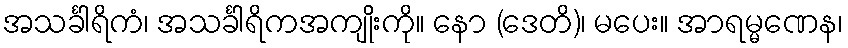
အသင်္ခါရိကံ၊ အသင်္ခါရိကအကျိုးကို။ နော (ဒေတိ)၊ မပေး။ အာရမ္မဏေန၊